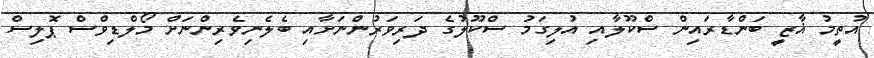
އުތީމު ޣާޒީ ބަންޑާރައިން ސްކޫލާއި އުލިގަމު ސްކޫލުގެ ދަރިވަރުންނަށާއި ބެލެނިވެރިންނަށް މޯލްޑިވްސް ޕޮލިސް